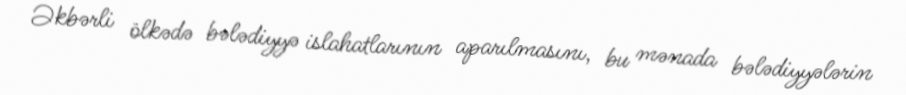
Əkbərli ölkədə bələdiyyə islahatlarının aparılmasını, bu mənada bələdiyyələrin